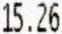
15.26